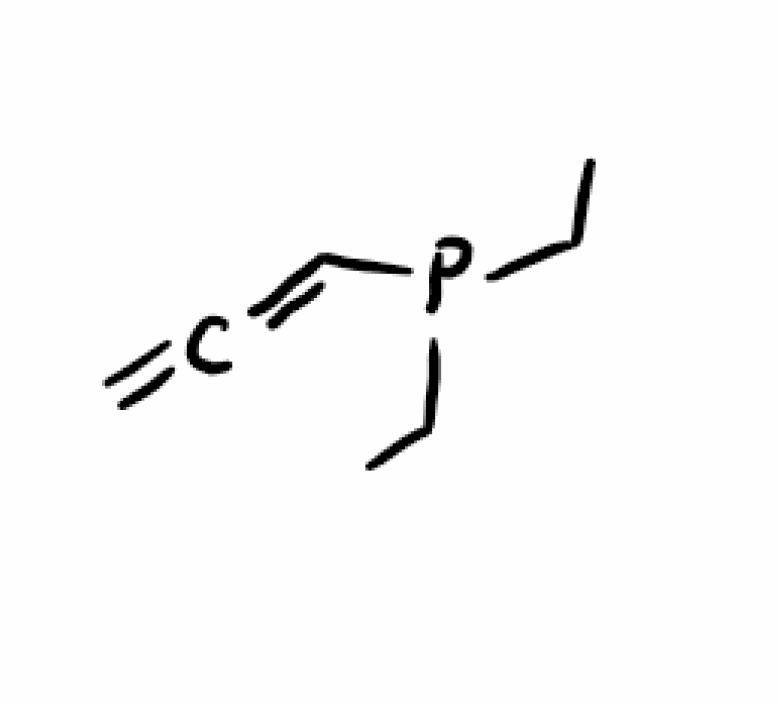
Simplified molecular-input line-entry system (SMILES) notation of the given molecule:
CCP(CC)C=C=C